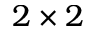
2 \times 2